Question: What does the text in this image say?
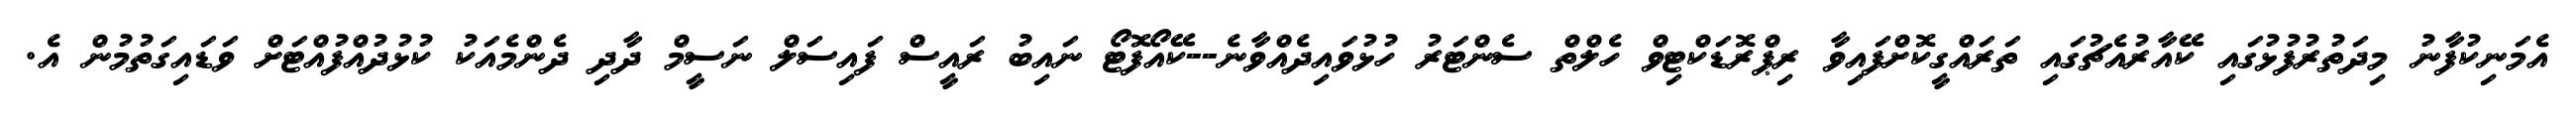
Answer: އެމަނިކުފާނު މިދަތުރުފުޅުގައި ކޭއާރުއެޗުގައި ތަރައްގީކޮށްފައިވާ ރިޕްރޮޑަކްޓިވް ހެލްތް ސެންޓަރު ހުޅުވައިދެއްވާނެ--ކޭއޯފޮޓޯ ނައިބު ރައީސް ފައިސަލް ނަސީމް ދާދި ދެންމެއަކު ކުޅުދުއްފުއްޓަށް ވަޑައިގަތުމުން އެ.